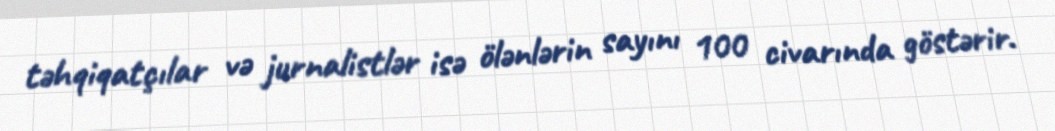
təhqiqatçılar və jurnalistlər isə ölənlərin sayını 100 civarında göstərir.